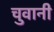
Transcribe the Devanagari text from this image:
चुवानी